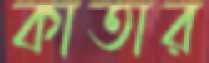
কাতার